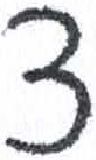
אות: צ